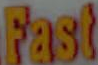
Fast